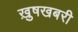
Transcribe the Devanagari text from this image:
ख़ुषखबरी